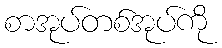
စာအုပ်တစ်အုပ်ကို